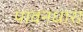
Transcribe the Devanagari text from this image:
पावनधारा